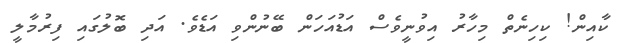
ކާއިން! ކިހިނެތް މިހާރު އިވުނީވެސް އަޑުއަހަން ބޭނުންވި އަޑެވެ. އަދި ބޮލުގައި ފިރުމާލީ